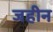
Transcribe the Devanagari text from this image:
जहीन